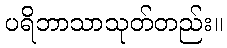
ပရိဘာသာသုတ်တည်း။